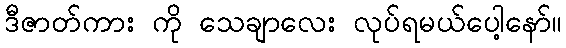
ဒီဇာတ်ကား ကို သေချာလေး လုပ်ရမယ်ပေါ့နော်။